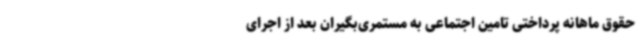
حقوق‌ ماهانه پرداختی تامین اجتماعی به مستمری‌بگیران بعد از اجرای